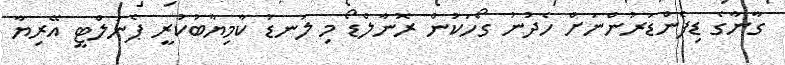
ގާނާގެ ޑިފެންޑަރުންނަށް ހެދުނު ގޯހަކުން ރޮނާލްޑޯ މި ލަނޑު ކާމިޔާބުކުރީ ޕެނަލްޓީ އޭރިޔާ